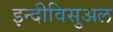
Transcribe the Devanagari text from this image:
इन्दीविसुअल